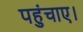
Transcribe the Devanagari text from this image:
पहुंचाए।